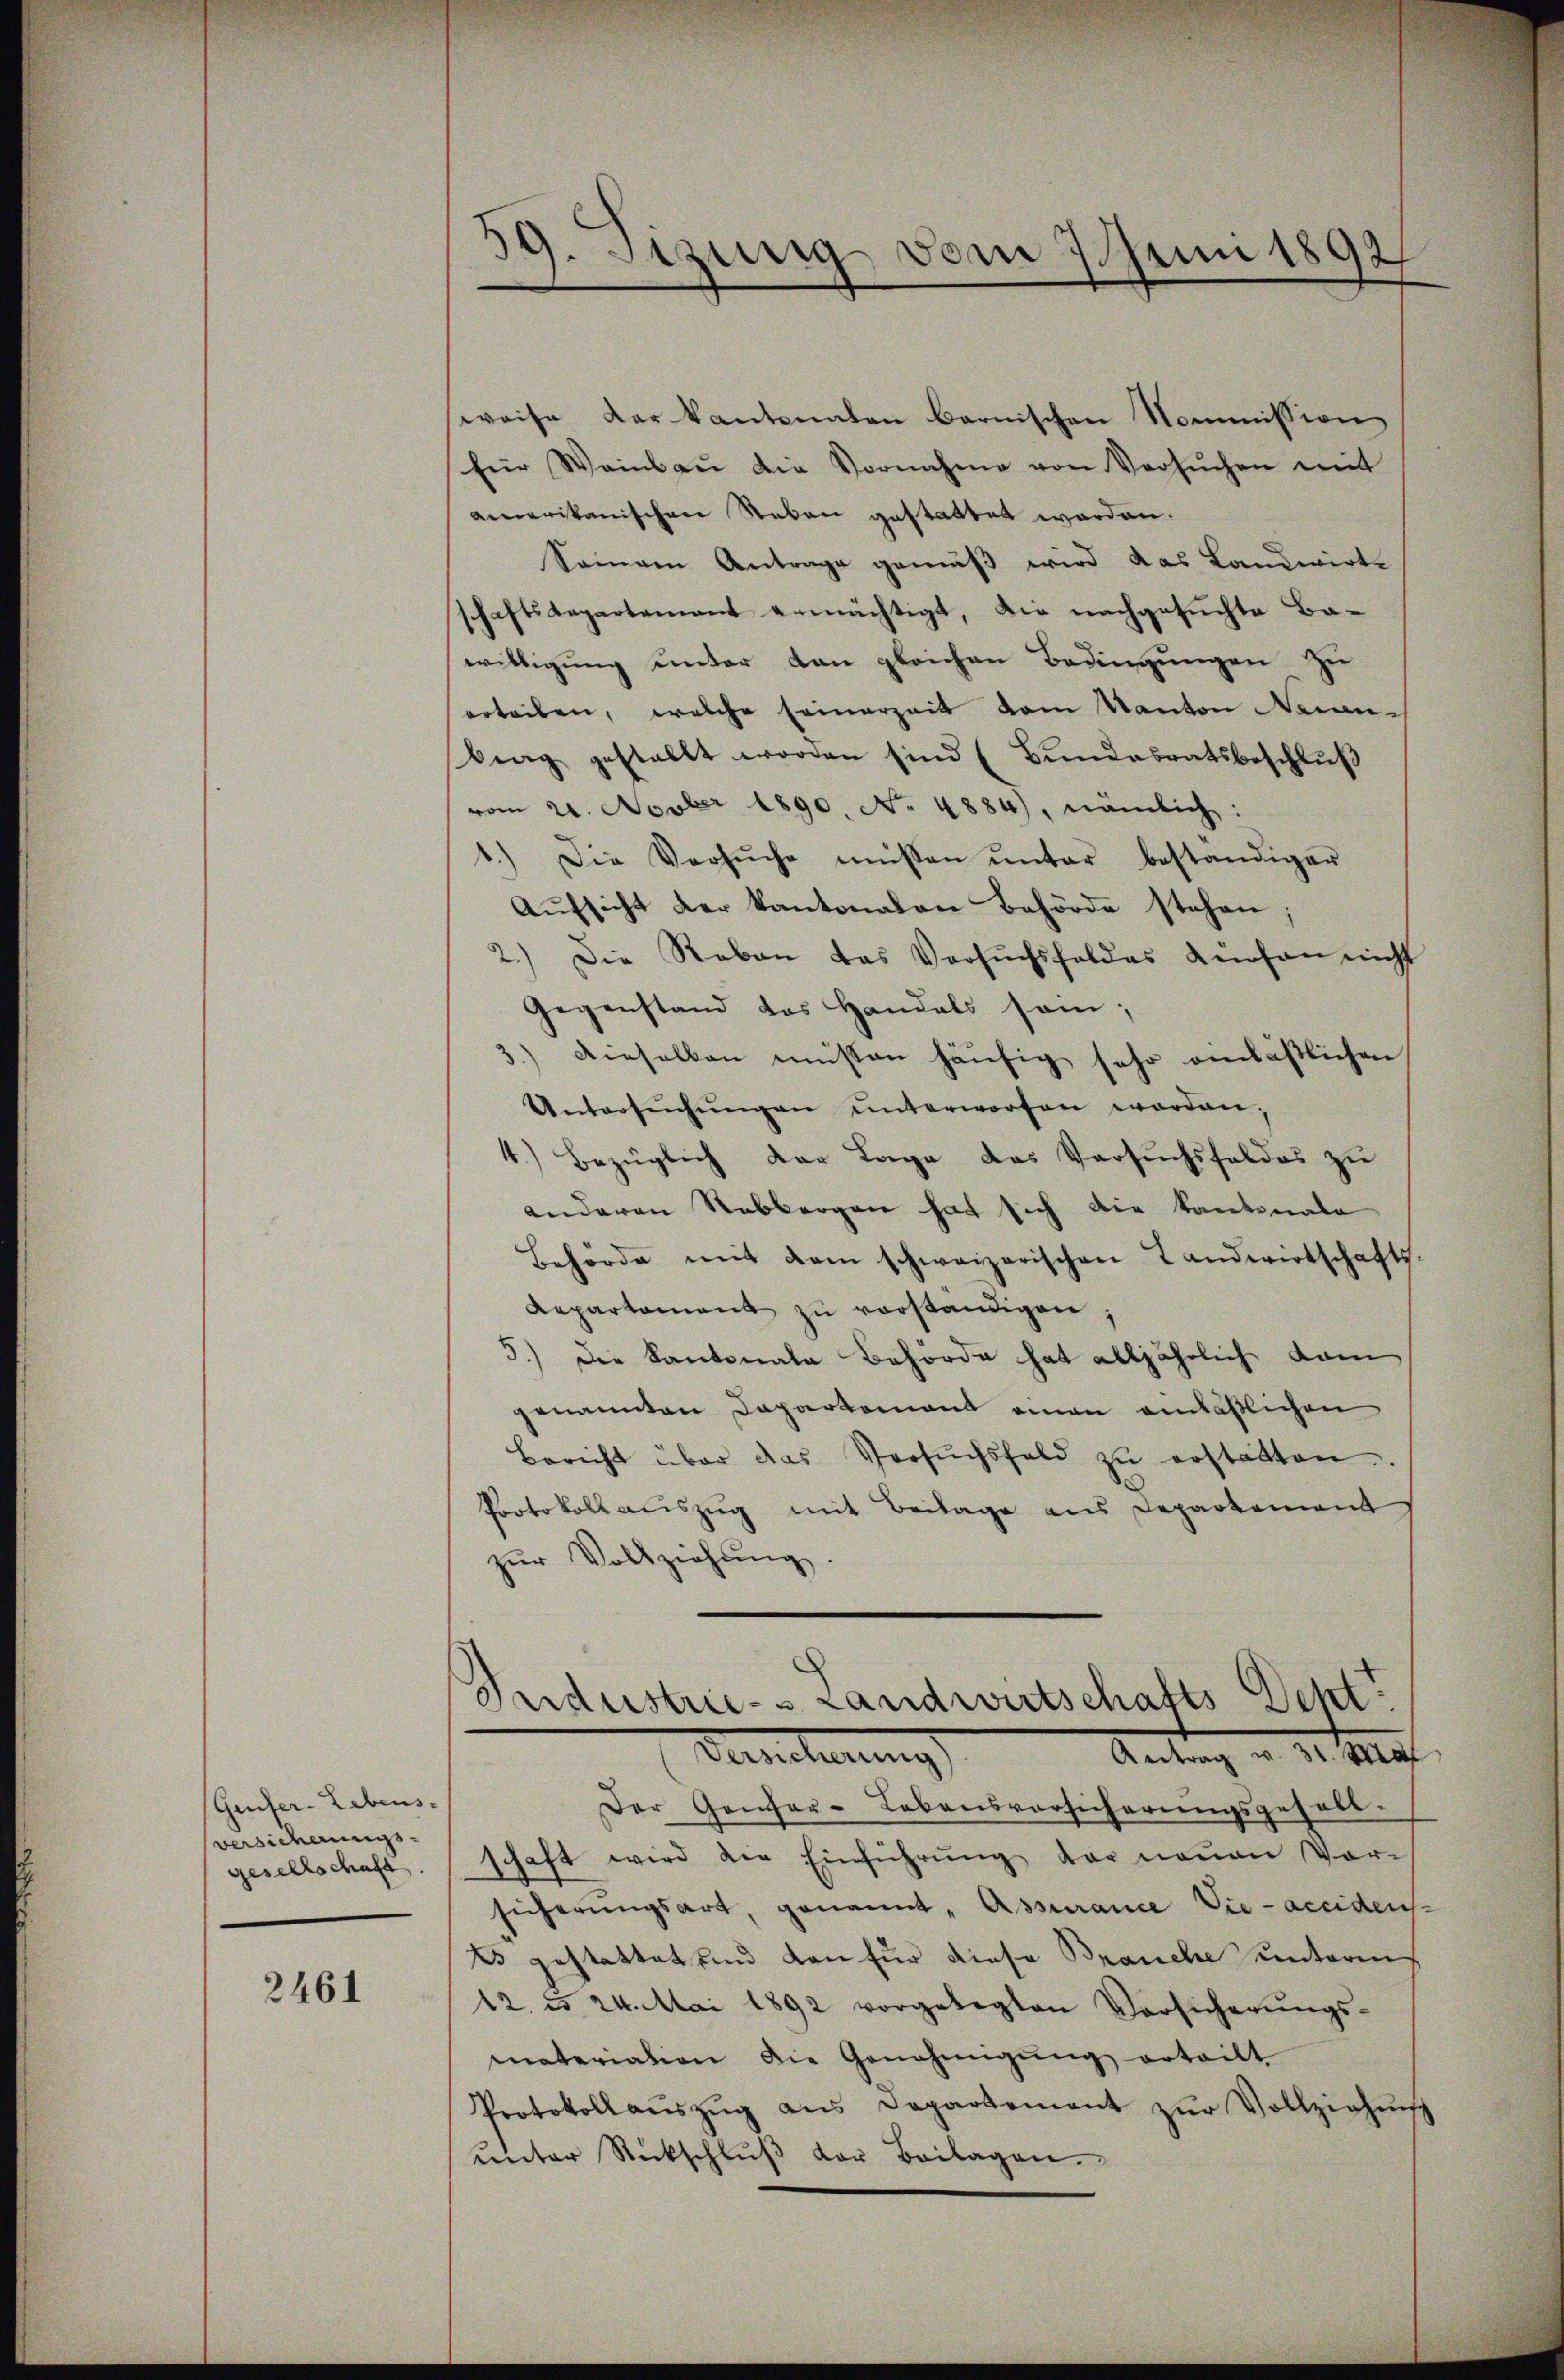
Genfer-Lebens-
versicherungs-
gesellschaft

2461

59. Sizung vom 7. Juni 1892/

weise der kantonalen bernischen Kommission
für Weinbaŭ die Vornahme von Versŭchen mit
amerikanischen Neben gestattet worden.
Seinem Antrage gemäß wird das Landwirte
schaftsdepartement ermächtigt, die nachgesuchte Bawilligung unter dan gleichen Bedingungen zu
erteilen, welche seinerzeit dem Kanton Neinbrag gestellt worden sind (Bŭndesratsbeschlŭβ
vom 21. Novber 1890. No. 4884), nämlich:
1.) Die Versŭche müssen ŭnter beständiger
Aŭfsicht der Kantonalen Behörde stehen;
2.) Die Reben das Versŭchsfeldes dürfen nicht
Gegenstand das Handels sei;
5.) Dieselben müssen häufig sehr anläßlichen
Untersŭchŭngen ŭnterworfen worden,
4.) Bezüglich der Lage das Versuchsfeldes zu
anderen Rebbergen hat sich die Kantonale
Behörde mit dem schweizerischen Landwirtschafts-
Repartament zu vorständigen.
5.) Die Kantonale Behörde hat alljährlich dann
genannten Departement einen anläßlichen
Bericht über das Versŭchsfeld zŭ erstatten.
Protokollauszug mit Beilage aus Departement
zŭr Vollziehŭng.
Bercherung
Antrag u. d. 19
Der Genfer-Lebensvorsicherungsgehabt.
schaft wird die Einführŭng der neŭen Vor-
sicherŭngsart, genannt „Assurance Vie-accidens
Es gestattet und von für diese Branche unterm
42. d. 24. Mai 1892 vorgelegten Vorsicherŭngs-
materiation die Genehmigŭng erteilt
Protokollaŭszŭg ans Departement zŭr Vollziehŭng
ŭnter Rückschlŭβ vor Beilagen.

Industrie- & Landwirtschafts Deht?